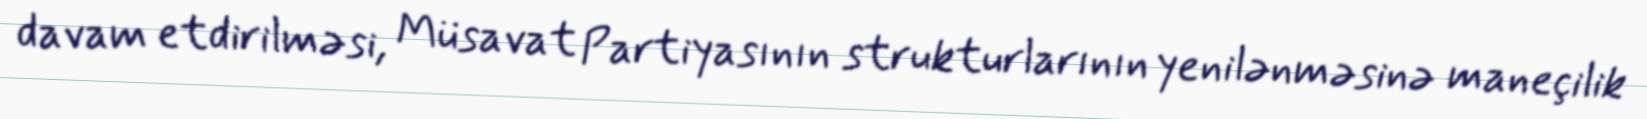
davam etdirilməsi, Müsavat Partiyasının strukturlarının yenilənməsinə maneçilik